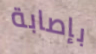
بإصابة